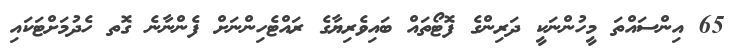
65 އިންސައްތަ މީހުންނަކީ ދަރިންގެ ފޮޓޯތައް ބައިވެރިޔާގެ ރައްޓެހިންނަށް ފެންނާނެ ގޮތ ހެދުމަށްޓަކައި